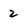
Character: 2